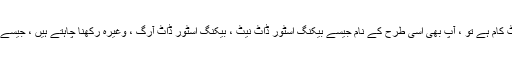
لہذا ، اگر آپ کا مرکزی ڈومین بیکنگ اسٹور ڈاٹ کام ہے تو ، آپ بھی اسی طرح کے نام جیسے بیکنگ اسٹور ڈاٹ نیٹ ، بیکنگ اسٹور ڈاٹ آرگ ، وغیرہ رکھنا چاہتے ہیں ، جیسے کھڑے ڈومینز ، کیوں کہ وہ اتنے ہی مماثل ہیں۔